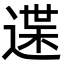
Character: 䢡